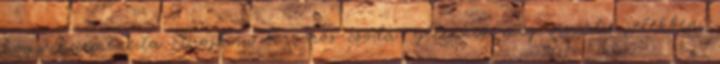
hogy Carmencita Brojboiu borvörös csoda- jelennek meg vizuális jelekben,